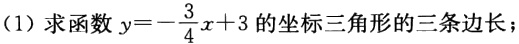
(1)求函数\(y = -\frac{3}{4}x + 3\)的坐标三角形的三条边长；